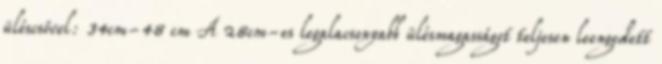
üléscsővel: 34cm-48 cm A 28cm-es legalacsonyabb ülésmagasságot teljesen leengedett